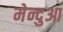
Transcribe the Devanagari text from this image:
मेन्दुआ